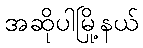
အဆိုပါမြို့နယ်